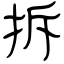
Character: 拆